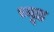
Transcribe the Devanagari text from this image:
च्यूड